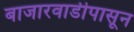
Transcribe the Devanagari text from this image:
बाजारवाडीपासून